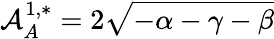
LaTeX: \mathcal{A}_{A}^{1,*}=2\sqrt{-\alpha-\gamma-\beta}